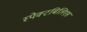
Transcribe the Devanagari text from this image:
स्पेक्टबिलिएस